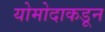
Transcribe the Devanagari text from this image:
योमोदाकडून